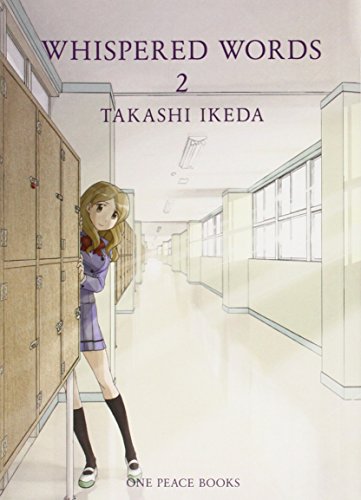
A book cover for Whispered Words Volume 2; Takashi Ikeda; Comics & Graphic Novels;